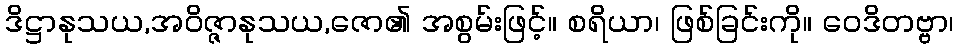
ဒိဋ္ဌာနုသယ,အဝိဇ္ဇာနုသယ,ဇော၏ အစွမ်းဖြင့်။ စရိယာ၊ ဖြစ်ခြင်းကို။ ဝေဒိတဗ္ဗာ၊